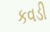
કવડી